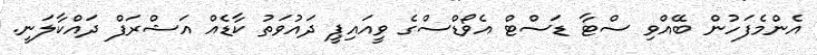
އެންމެފަހުން ބޭއްވި ސްޓާ ޑަސްޓް އެވޯޑްސްގެ ވީއައިޕީ ދައުވަތު ކާޑެއް އަޝްރަފް ދައްކާލަނީ.